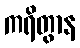
ကရိတွာန